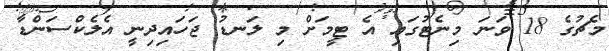
މެޗުގެ 18 ވަނަ މިނެޓުގައި އެ ޓީމަށް މި ލަނޑު ޖަހައިދިނީ އެލެކްސަންޑާ